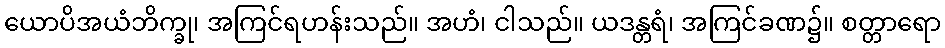
ယောပိအယံဘိက္ခု၊ အကြင်ရဟန်းသည်။ အဟံ၊ ငါသည်။ ယဒန္တရံ၊ အကြင်ခဏ၌။ စတ္တာရော